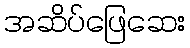
အဆိပ်ဖြေဆေး